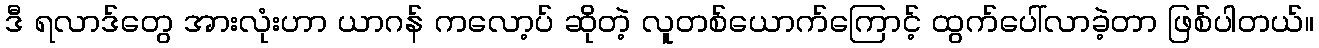
ဒီ ရလာဒ်တွေ အားလုံးဟာ ယာဂန် ကလော့ပ် ဆိုတဲ့ လူတစ်ယောက်ကြောင့် ထွက်ပေါ်လာခဲ့တာ ဖြစ်ပါတယ်။